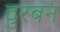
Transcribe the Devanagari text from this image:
दुरबन